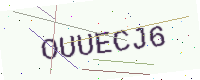
Text: OUUECJ6